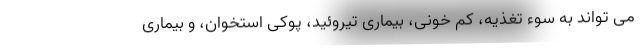
می تواند به سوء تغذیه، کم خونی، بیماری تیروئید، پوکی استخوان، و بیماری